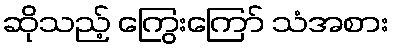
ဆိုသည့် ကြွေးကြော် သံအစား